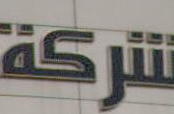
شركة